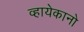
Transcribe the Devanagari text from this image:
व्हायेकानो